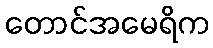
တောင်အမေရိက